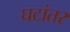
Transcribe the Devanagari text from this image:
घटांतर